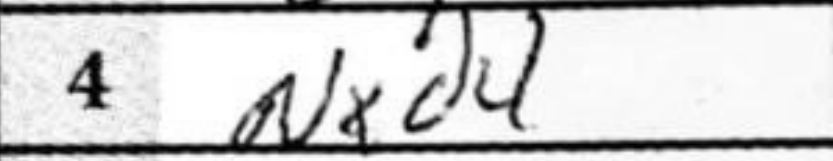
Transcription: Nxd4